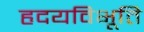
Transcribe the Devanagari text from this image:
हृदयविभूति